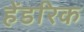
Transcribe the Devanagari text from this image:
हेंडरिक